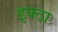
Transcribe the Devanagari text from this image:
इक्ठा